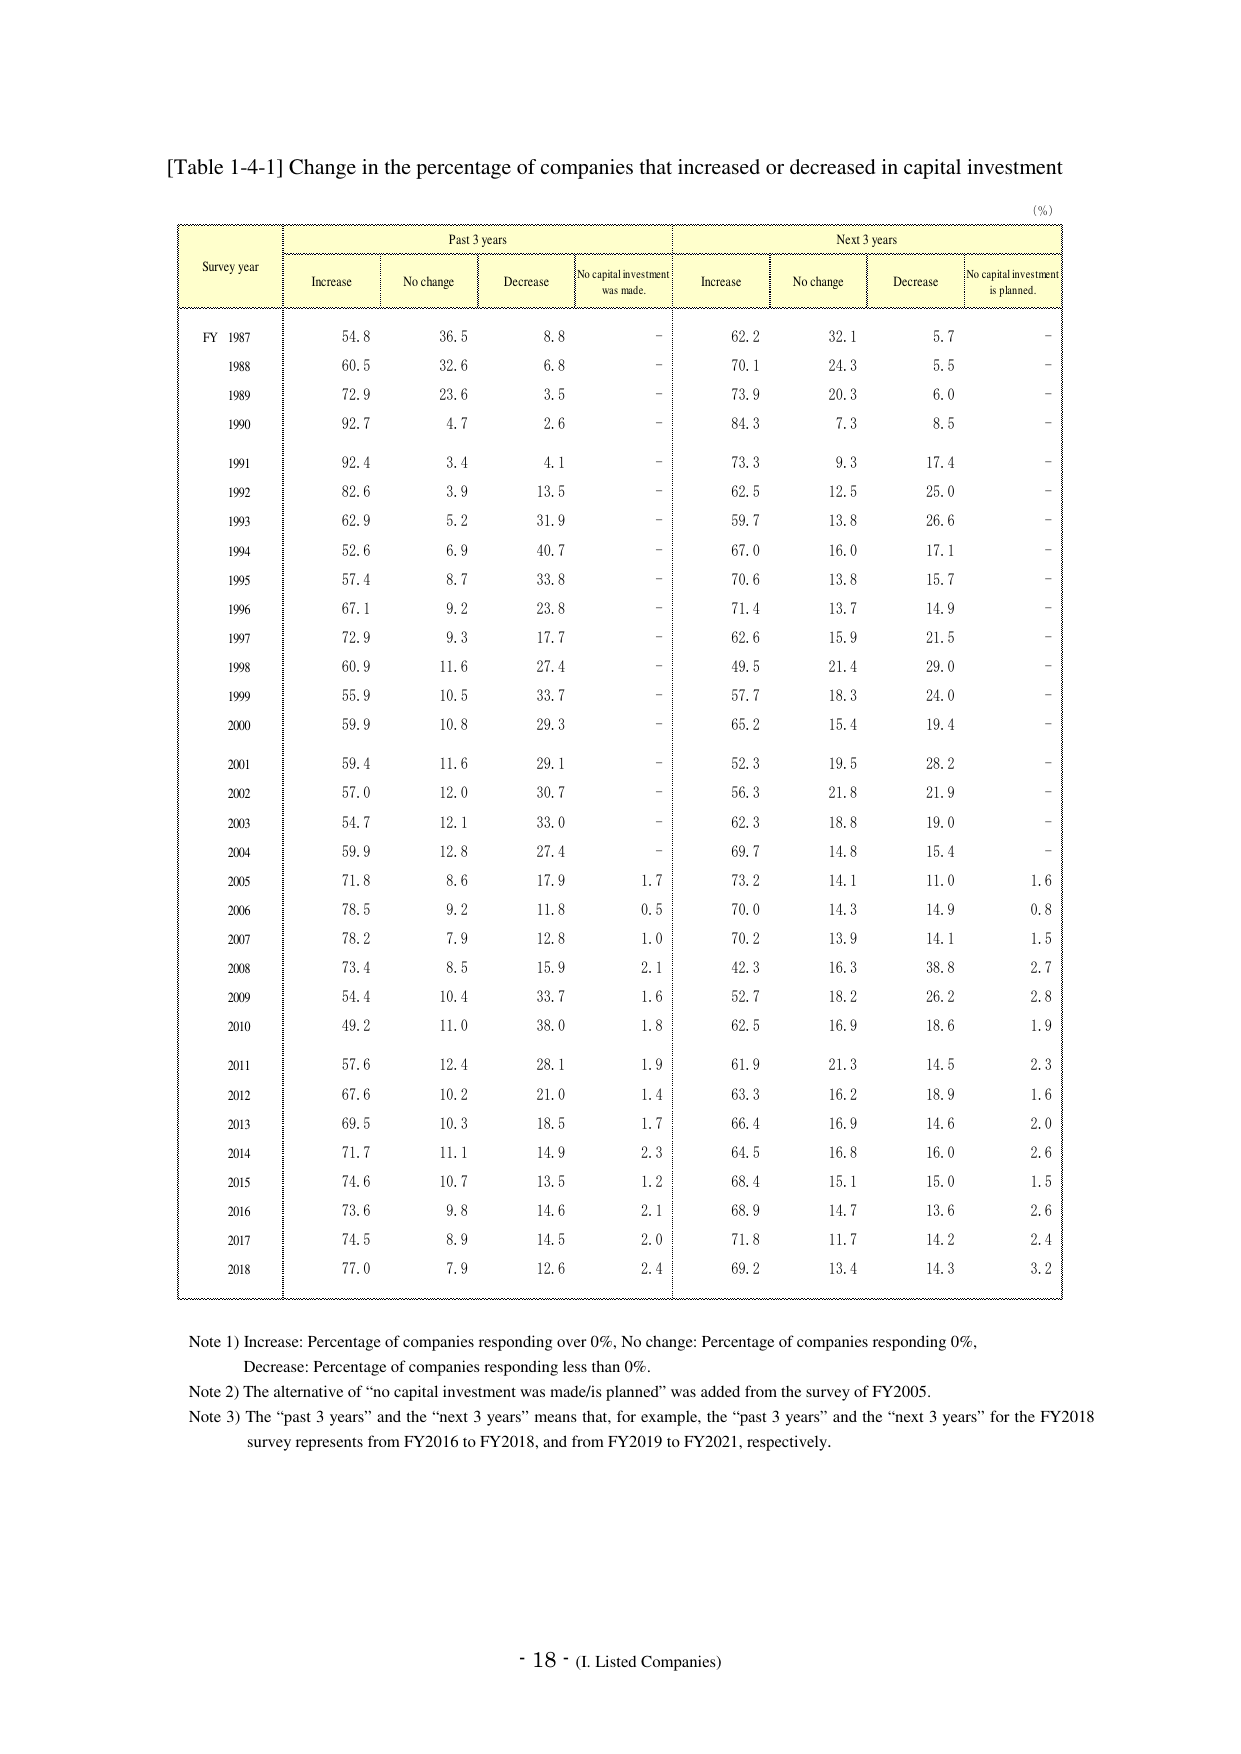
[Table 1-4-1] Change in the percentage of companies that increased or decreased in capital investment

(%)

Past 3 years                      Next 3 years
Survey year     Increase   No change   Decrease   No capital investment was made.   Increase   No change   Decrease   No capital investment is planned.

FY 1987         54.8       36.5        8.8        -                   62.2       32.1        5.7        -
1988            60.5       32.6        6.8        -                   70.1       24.3        5.5        -
1989            72.9       23.6        3.5        -                   73.9       20.3        6.0        -
1990            92.7       4.7         2.6        -                   84.3       7.3         8.5        -
1991            92.4       3.4         4.1        -                   73.3       9.3         17.4       -
1992            82.6       3.9         13.5       -                   62.5       12.5        25.0       -
1993            62.9       5.2         31.9       -                   59.7       13.8        26.6       -
1994            52.6       6.9         40.7       -                   67.0       16.0        17.1       -
1995            57.4       8.7         33.8       -                   70.6       13.8        15.7       -
1996            67.1       9.2         23.8       -                   71.4       13.7        14.9       -
1997            72.9       9.3         17.7       -                   62.6       15.9        21.5       -
1998            60.9       11.6        27.4       -                   49.5       21.4        29.0       -
1999            55.9       10.5        33.7       -                   57.7       18.3        24.0       -
2000            59.9       10.8        29.3       -                   65.2       15.4        19.4       -
2001            59.4       11.6        29.1       -                   52.3       19.5        28.2       -
2002            57.0       12.0        30.7       -                   56.3       21.8        21.9       -
2003            54.7       12.1        33.0       -                   62.3       18.8        19.0       -
2004            59.9       12.8        27.4       -                   69.7       14.8        15.4       -
2005            71.8       8.6         17.9       1.7                 73.2       14.1        11.0       1.6
2006            78.5       9.2         11.8       0.5                 70.0       14.3        14.9       0.8
2007            78.2       7.9         12.8       1.0                 70.2       13.9        14.1       1.5
2008            73.4       8.5         15.9       2.1                 42.3       16.3        38.8       2.7
2009            54.4       10.4        33.7       1.6                 52.7       18.2        26.2       2.8
2010            49.2       11.0        38.0       1.8                 62.5       16.9        18.6       1.9
2011            57.6       12.4        28.1       1.9                 61.9       21.3        14.5       2.3
2012            67.6       10.2        21.0       1.4                 63.3       16.2        18.9       1.6
2013            69.5       10.3        18.5       1.7                 66.4       16.9        14.6       2.0
2014            71.7       11.1        14.9       2.3                 64.5       16.8        16.0       2.6
2015            74.6       10.7        13.5       1.2                 68.4       15.1        15.0       1.5
2016            73.6       9.8         14.6       2.1                 68.9       14.7        13.6       2.6
2017            74.5       8.9         14.5       2.0                 71.8       11.7        14.2       2.4
2018            77.0       7.9         12.6       2.4                 69.2       13.4        14.3       3.2

Note 1) Increase: Percentage of companies responding over 0%, No change: Percentage of companies responding 0%, Decrease: Percentage of companies responding less than 0%.
Note 2) The alternative of "no capital investment was made/is planned" was added from the survey of FY2005.
Note 3) The "past 3 years" and the "next 3 years" means that, for example, the "past 3 years" and the "next 3 years" for the FY2018 survey represents from FY2016 to FY2018, and from FY2019 to FY2021, respectively.

- 18 - (I. Listed Companies)